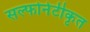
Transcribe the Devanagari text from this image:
सल्फोनेटीकृत